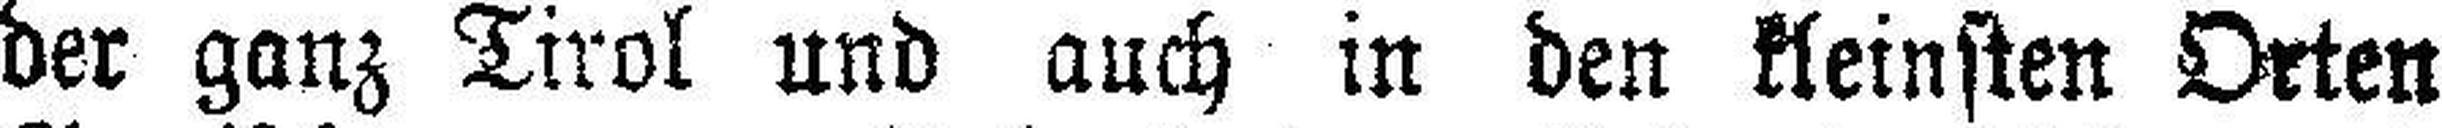
der ganz Tirol und auch in den kleinsten Orten